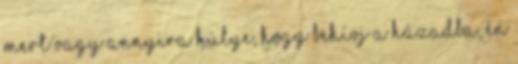
mert vagy annyira hülye, hogy behívj a házadba, én